Vaccination report Assam 1896-1927 - 1896-1927
Year: 1896
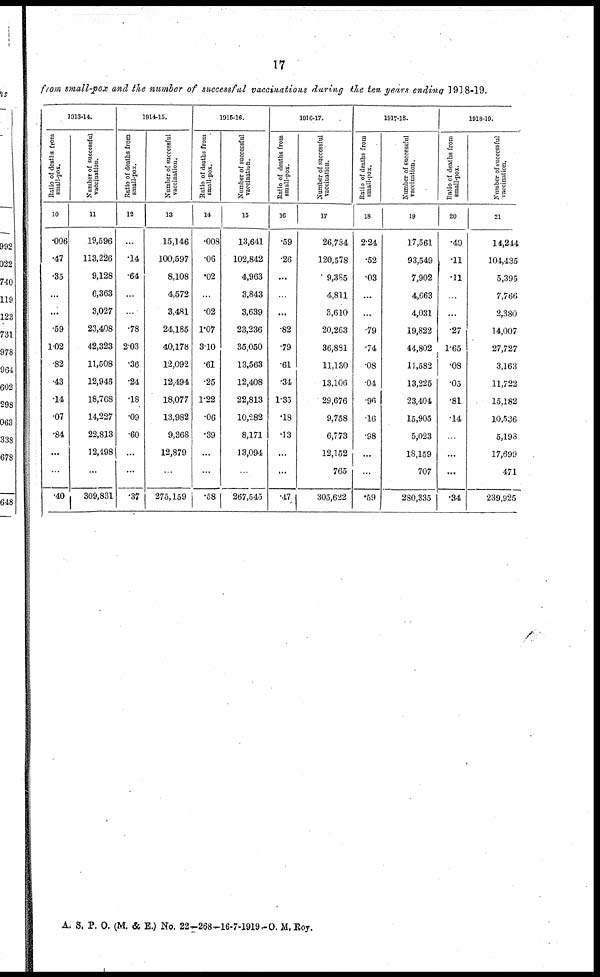
17
from small-pox and the number of successful vaccinations during the ten years ending 1918-19.
1913-14.
Ratio of deaths from
small-pox.
10
.006
.47
.35
...
...
.59
1.02
.82
.43
.14
.07
.84
...
...
.40
Number of successful
vaccination.
11
19,596
113,226
9,128
6,363
3,027
23,408
42,323
11,508
12,946
18,768
14,227
22,813
12,498
...
309,831
1914-15.
Ratio of deaths from
small-pox.
12
...
.14
.64
...
...
.78
2.03
.36
.24
.18
.09
.60
...
...
.37
Number of successful
vaccination.
13
15,146
100,597
8,108
4,572
3,481
24,185
40,178
12,092
12,494
18,077
13,982
9,368
12,879
...
275,159
1915-16.
Ratio of deaths from
small-pox.
14
.008
.06
.02
...
.02
1.07
3.10
.61
.25
1.22
.06
.39
...
...
.58
Number of successful
vaccination.
15
13,641
102,842
4,963
3,843
3,639
23,236
35,050
13,563
12,408
22,813
10,282
8,171
13,094
...
267,545
1916-17.
Ratio of deaths from
small-pox.
16
.59
.26
...
...
...
.82
.79
.61
.34
1.35
.18
.13
...
...
.47
Number of successful
vaccination.
17
26,734
120,578
9,385
4,811
3,610
20,263
36,881
11,130
13,106
29,676
9,758
6,773
12,152
765
305,622
1917-18.
Ratio of deaths from
small-pox.
18
2.24
.52
.03
...
...
.79
.74
.08
.04
.96
.16
.98
...
...
.59
Number of successful
vaccination.
19
17,561
93,549
7,902
4,663
4,031
19,822
44,802
11,582
13,225
23,404
15,905
5,023
18,159
707
280,335
1918-19.
Ratio of deaths from
small-pox.
20
.49
.11
.11
...
...
.27
1.65
.08
.05
.81
.14
...
...
...
.34
Number of successful
vaccination.
21
14,244
104,435
5,395
7,766
2,380
14,007
27,727
3,163
11,722
15,182
10,536
5,193
17,699
471
239,925
A. S. P. O. (M. & E.) No. 22—268—16-7-1919— O. M. Roy.